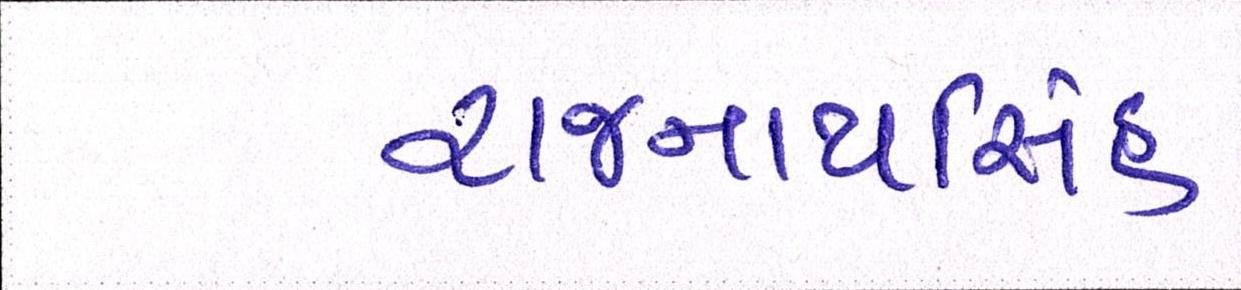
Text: રાજનાથસિંહ